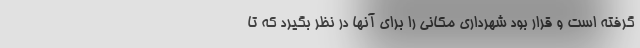
گرفته است و قرار بود شهرداری مکانی را برای آنها در نظر بگیرد که تا